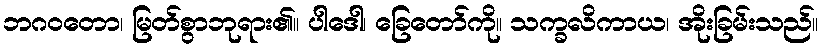
ဘဂဝတော၊ မြတ်စွာဘုရား၏။ ပါဒေါ၊ ခြေတော်ကို။ သက္ခလိကာယ၊ အိုးခြမ်းသည်။